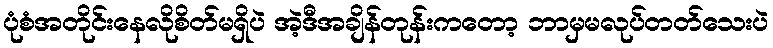
ပုံစံအတိုင်းနေလိုစိတ်မရှိပဲ အဲ့ဒီအချိန်တုန်းကတော့ ဘာမှမလုပ်တတ်သေးပဲ